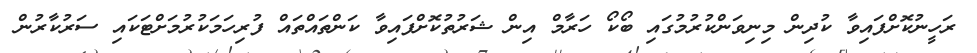
ރަހީނުކޮށްފައިވާ ކުދިން މިނިވަންކުރުމުގައި ބޯކޯ ހަރާމް އިން ޝަރުތުކޮށްފައިވާ ކަންތައްތައް ފުރިހަމަކުރުމަށްޓަކައި ސަރުކާރުން